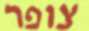
צופר